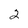
Character: 2